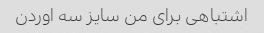
اشتباهی برای من سایز سه اوردن